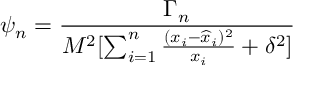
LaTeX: \psi _ { n } = { \frac { \Gamma _ { n } } { M ^ { 2 } [ \sum _ { i = 1 } ^ { n } { \frac { ( x _ { i } - { \widehat x } _ { i } ) ^ { 2 } } { x _ { i } } } + \delta ^ { 2 } ] } }